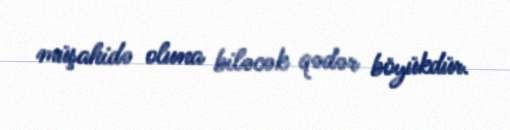
müşahidə oluna biləcək qədər böyükdür.